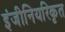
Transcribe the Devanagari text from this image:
इंजीनियरिकृत